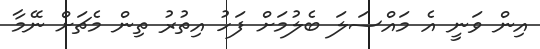
އިން ވަނީ އެ މައްސަލަ ބެލުމަށް ފަހު އިތުރު ތިން މެޗަށް ނޭމާ